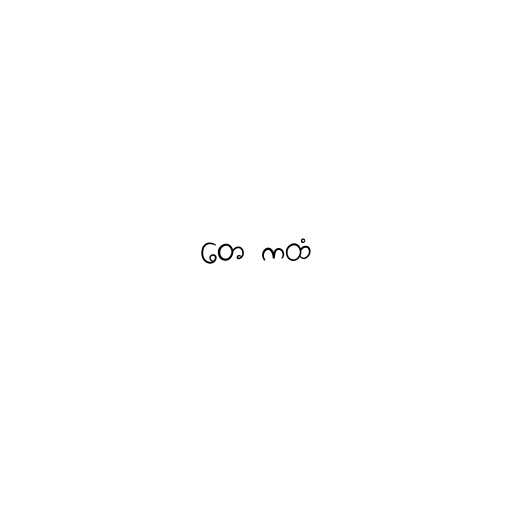
တေ ကထံ